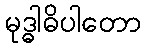
မုဒ္ဓါဓိပါတော